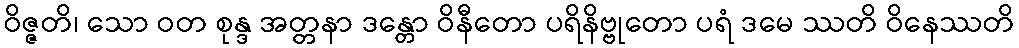
ဝိဇ္ဇတိ၊ သော ဝတ စုန္ဒ အတ္တနာ ဒန္တော ဝိနီတော ပရိနိဗ္ဗုတော ပရံ ဒမေ ဿတိ ဝိနေဿတိ